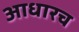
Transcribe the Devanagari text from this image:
आधारच